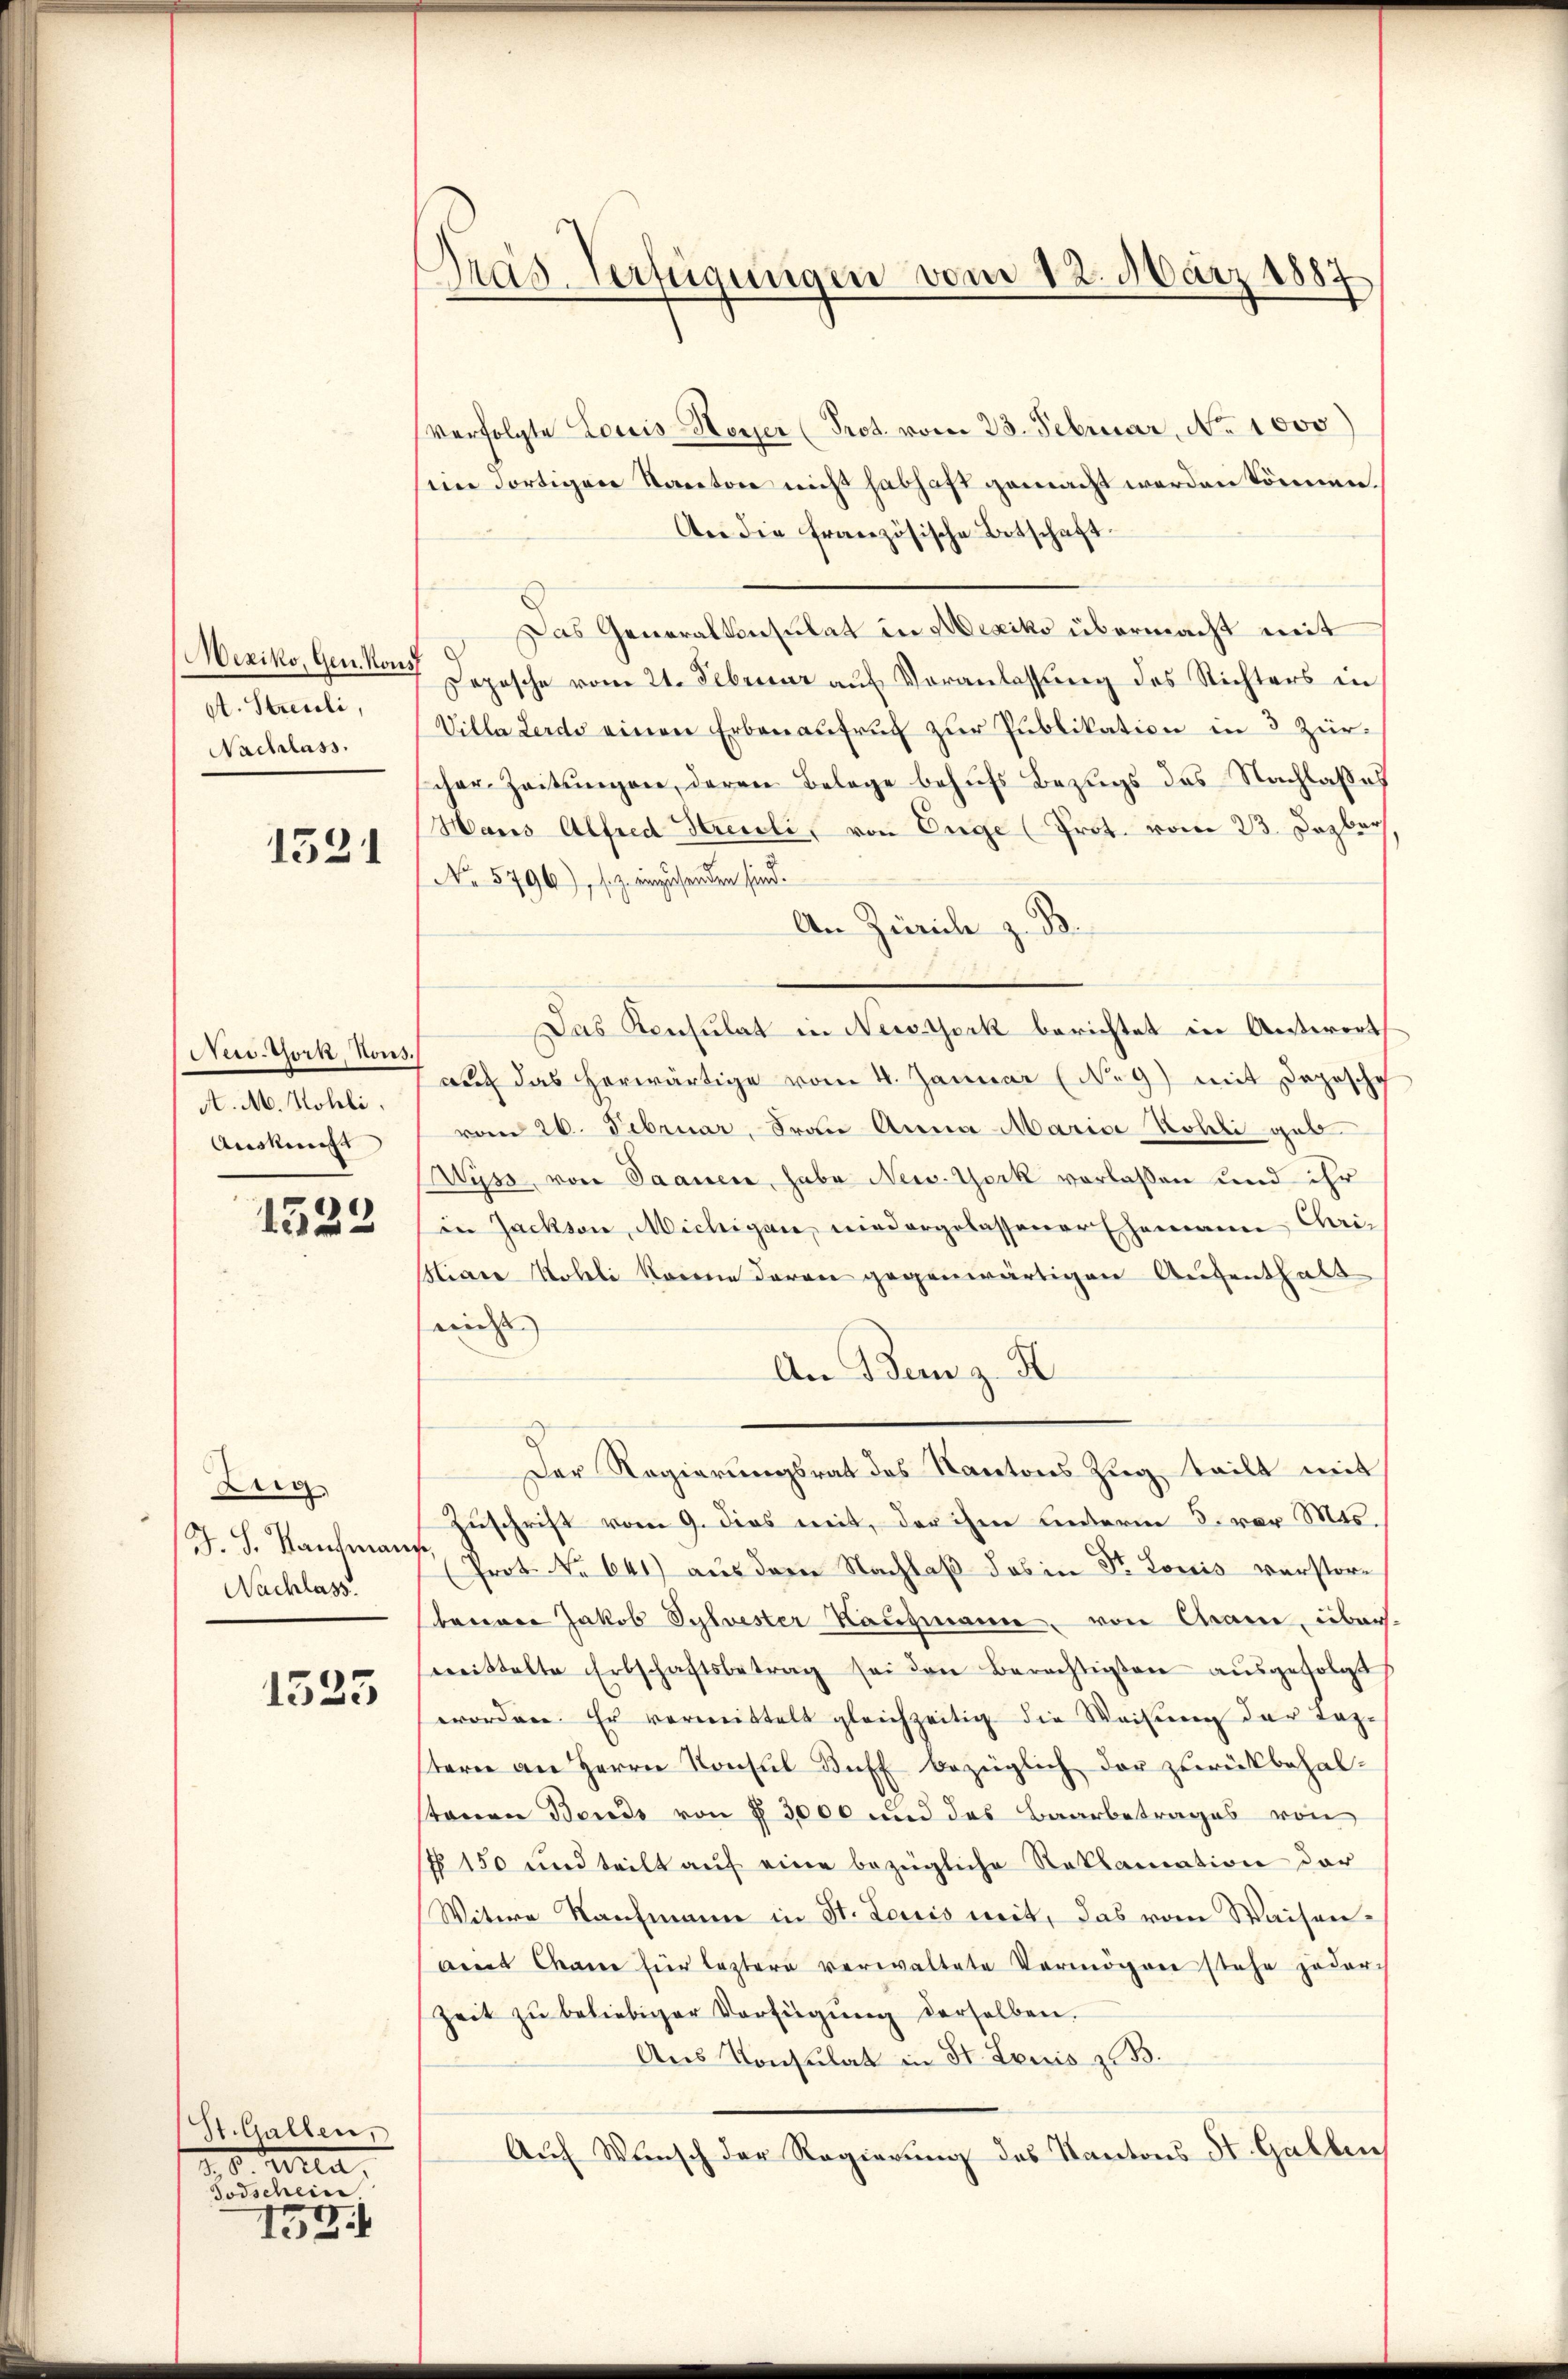
Weziko, Gen. Kons
A. Streuli,
Nachlass.

1531

New-York, Kons.
A. M. Kohli,
Auskunft

1525

Weig
J. J. Kaufmann
Nachlass.

1533

St. Gallen,
 Terra
Todschein

153.

Dras. Verfügungen vom 12. März 1887

verfolgte Louis Hoyer (Prot. vom 23. Februar, No 1000
sein dortigen Kanton nicht habhaft gemacht werden können.
An die französische Betschaft.
Das Generalkonsulat in Mexiko übermacht mit
Lopische vom 21. Februar aŭf Veranlassŭng des Richters in
Villa Lerds einen Erbanaŭfrŭg zŭr Publikation in 3 Zürcher Zeitŭngen, deren Belage behufs Bezugs des Nachlasses
Haus Alfred Streuli, von Enge (Prot. vom 23. Dezbr
No 5796), s. z. einzusenden sind.
An Zürich z. B.
5
Das Konsulat in Newsyork berichtet in Anterert
auch das herwärtige vom 4. Januar (N. 9) mit Depesche
vom 26. Februar, Frau Anna Maria Kolli geb
Wyss, von Saanen, habe New-York verlaßen und ihr
in Jackson, Michigan, niedergelassener Ehemann Chri¬
Hiare Möbeli konne daran gegenwärtigen Aufenthalt
nicht
An Bern z. B.
Der Regierungsrat des Kantons Zug, teilt mit
Zuschrift vom 9. dies mit, der ihm unterne 5. vor Mts.
Prot. No 641) aus dem Nachlaß das in St. Louis verstore
benare Jakob Sylvester Kaufmann, von Chame, über.
weittelte Erbschaftsbetrag sei den Berechtigten aŭsgefolgt
worden. Er vermittelt gleichzeitig die Weisung der Tagtern an Herrn Konsul Buff bezüglich der zurückbehal-
tonen Bonds von § 3000 und das Baarbetrages von
N 150 und teilt auf eine bezügliche Reklamation der
Witwe Kaufmann in St. Loris weit, das vom Waisenamnt Chane für leztere verwaltete Vermögen stehe jeder-
Zeit zŭ beliebiger Verfügŭng derselben.
Ans Konsulat in St. Louis z. B.
Auf Wunsch der Regierung des Kantons St. Gallen